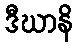
ဒီဃာနိ